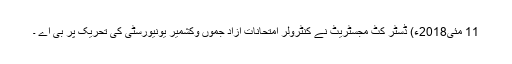
11 مئی2018ء) ڈسٹر کٹ مجسٹریٹ نے کنٹرولر امتحانات آزاد جموں وکشمیر یونیورسٹی کی تحریک پر بی اے ۔